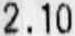
2.10